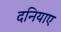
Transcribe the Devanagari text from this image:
दनियाए